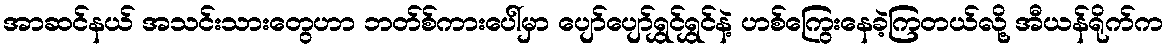
အာဆင်နယ် အသင်းသားတွေဟာ ဘတ်စ်ကားပေါ်မှာ ပျော်ပျော်ရွှင်ရွှင်နဲ့ ဟစ်ကြွေးနေခဲ့ကြတယ်လို့ အီယန်ရိုက်က